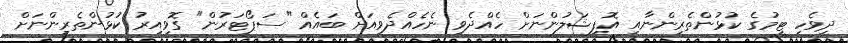
ދިވެހި ޓީމުގެ ކުޅުންތެރިންނާއި އޮފިޝަލުންނަށް ހެއްދެވި ނެހެއްދެވިއަށް ބައެއް "ސަޕޯޓަރުން" ގޮވިއިރު ކުޅުންތެރިންނަށް